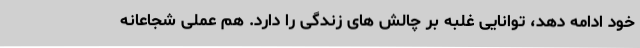
خود ادامه دهد، توانایی غلبه بر چالش های زندگی را دارد. هم عملی شجاعانه